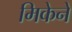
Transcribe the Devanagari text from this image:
मिकेने